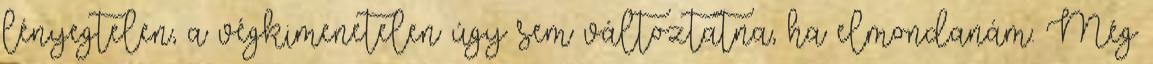
lényegtelen, a végkimenetelen úgy sem változtatna, ha elmondanám. Még